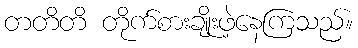
တတိတိ တိုက်စားချိုးဖဲ့နေကြသည်။